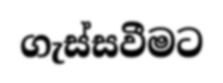
ගැස්සවීමට